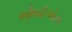
ઔષધીઓના